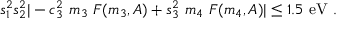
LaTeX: s _ { 1 } ^ { 2 } s _ { 2 } ^ { 2 } | - c _ { 3 } ^ { 2 } ~ m _ { 3 } ~ F ( m _ { 3 } , A ) + s _ { 3 } ^ { 2 } ~ m _ { 4 } ~ F ( m _ { 4 } , A ) | \leq 1 . 5 ~ \mathrm { e V } \ .